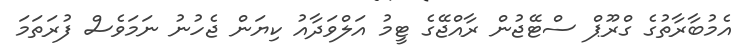
އެމުބާރާތުގެ ގްރޫޕް ސްޓޭޖުން ރާއްޖޭގެ ޓީމު އަލްވަދާއު ކިޔަން ޖެހުނު ނަމަވެސް ފުރަތަމަ